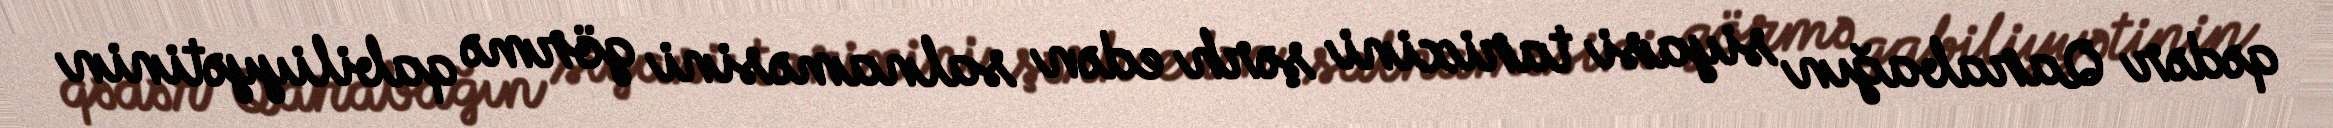
qədər Qarabağın siyasi tarixini şərh edən salnaməsini görmə qabiliyyətinin